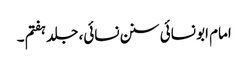
امام ابو نسائی سنن نسائی، جلد ہفتم ۔